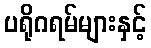
ပရိုဂရမ်များနှင့်